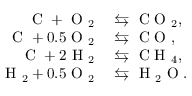
\begin{array} { r l } { \mathrm { ~ C ~ } + \mathrm { ~ O ~ } _ { 2 } } & { { } \leftrightarrows \mathrm { ~ C ~ O ~ } _ { 2 } , } \\ { \mathrm { ~ C ~ } + 0 . 5 \mathrm { ~ O ~ } _ { 2 } } & { { } \leftrightarrows \mathrm { ~ C ~ O ~ } , } \\ { \mathrm { ~ C ~ } + 2 \mathrm { ~ H ~ } _ { 2 } } & { { } \leftrightarrows \mathrm { ~ C ~ H ~ } _ { 4 } , } \\ { \mathrm { ~ H ~ } _ { 2 } + 0 . 5 \mathrm { ~ O ~ } _ { 2 } } & { { } \leftrightarrows \mathrm { ~ H ~ } _ { 2 } \mathrm { ~ O ~ } . } \end{array}